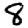
Digit: 8